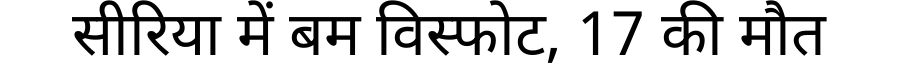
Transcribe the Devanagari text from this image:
सीरिया में बम विस्फोट, 17 की मौत